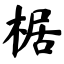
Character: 椐